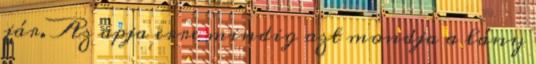
jár. Az apja erre mindig azt mondja a lány